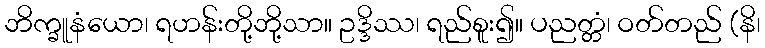
ဘိက္ခူနံယော၊ ရဟန်းတို့ဘို့သာ။ ဥဒ္ဒိဿ၊ ရည်စူး၍။ ပညတ္တံ၊ ဝတ်တည် (နိ၊